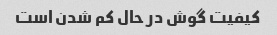
کیفیت گوش در حال کم شدن است